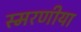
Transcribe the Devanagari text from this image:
स्मरणीया